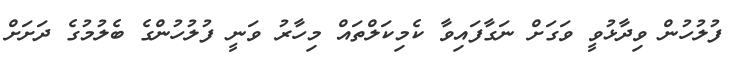
ފުލުހުން ވިދާޅުވީ ވަގަށް ނަގާފައިވާ ކެމިކަލްތައް މިހާރު ވަނީ ފުލުހުންގެ ބެލުމުގެ ދަށަށް